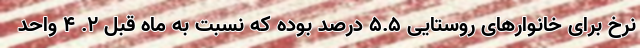
نرخ برای خانوارهای روستایی 5.5 درصد بوده که نسبت به ماه قبل 2. 4 واحد